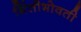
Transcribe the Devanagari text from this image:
भिंतीभोवती